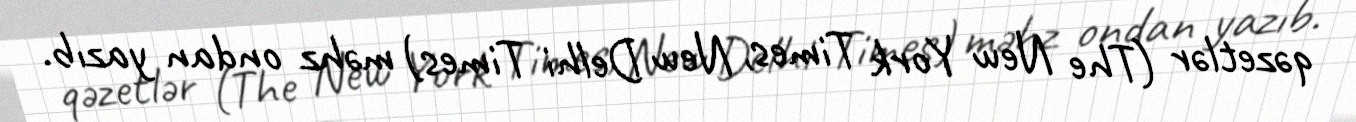
qəzetlər (The New York Times, New Delhi Times) məhz ondan yazıb.